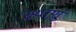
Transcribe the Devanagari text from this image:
स्थाणुं